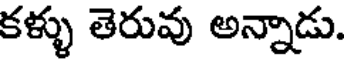
కళ్ళు తెరువు అన్నాడు.